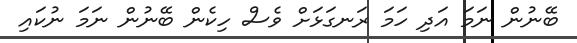
ބޭނުން ނަމަ އަދި ހަމަ ރަނގަޅަށް ވެސް ހިކެން ބޭނުން ނަމަ ނުކައި